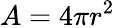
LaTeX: A=4\pi r^{2}